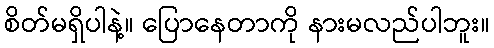
စိတ်မရှိပါနဲ့။ ပြောနေတာကို နားမလည်ပါဘူး။